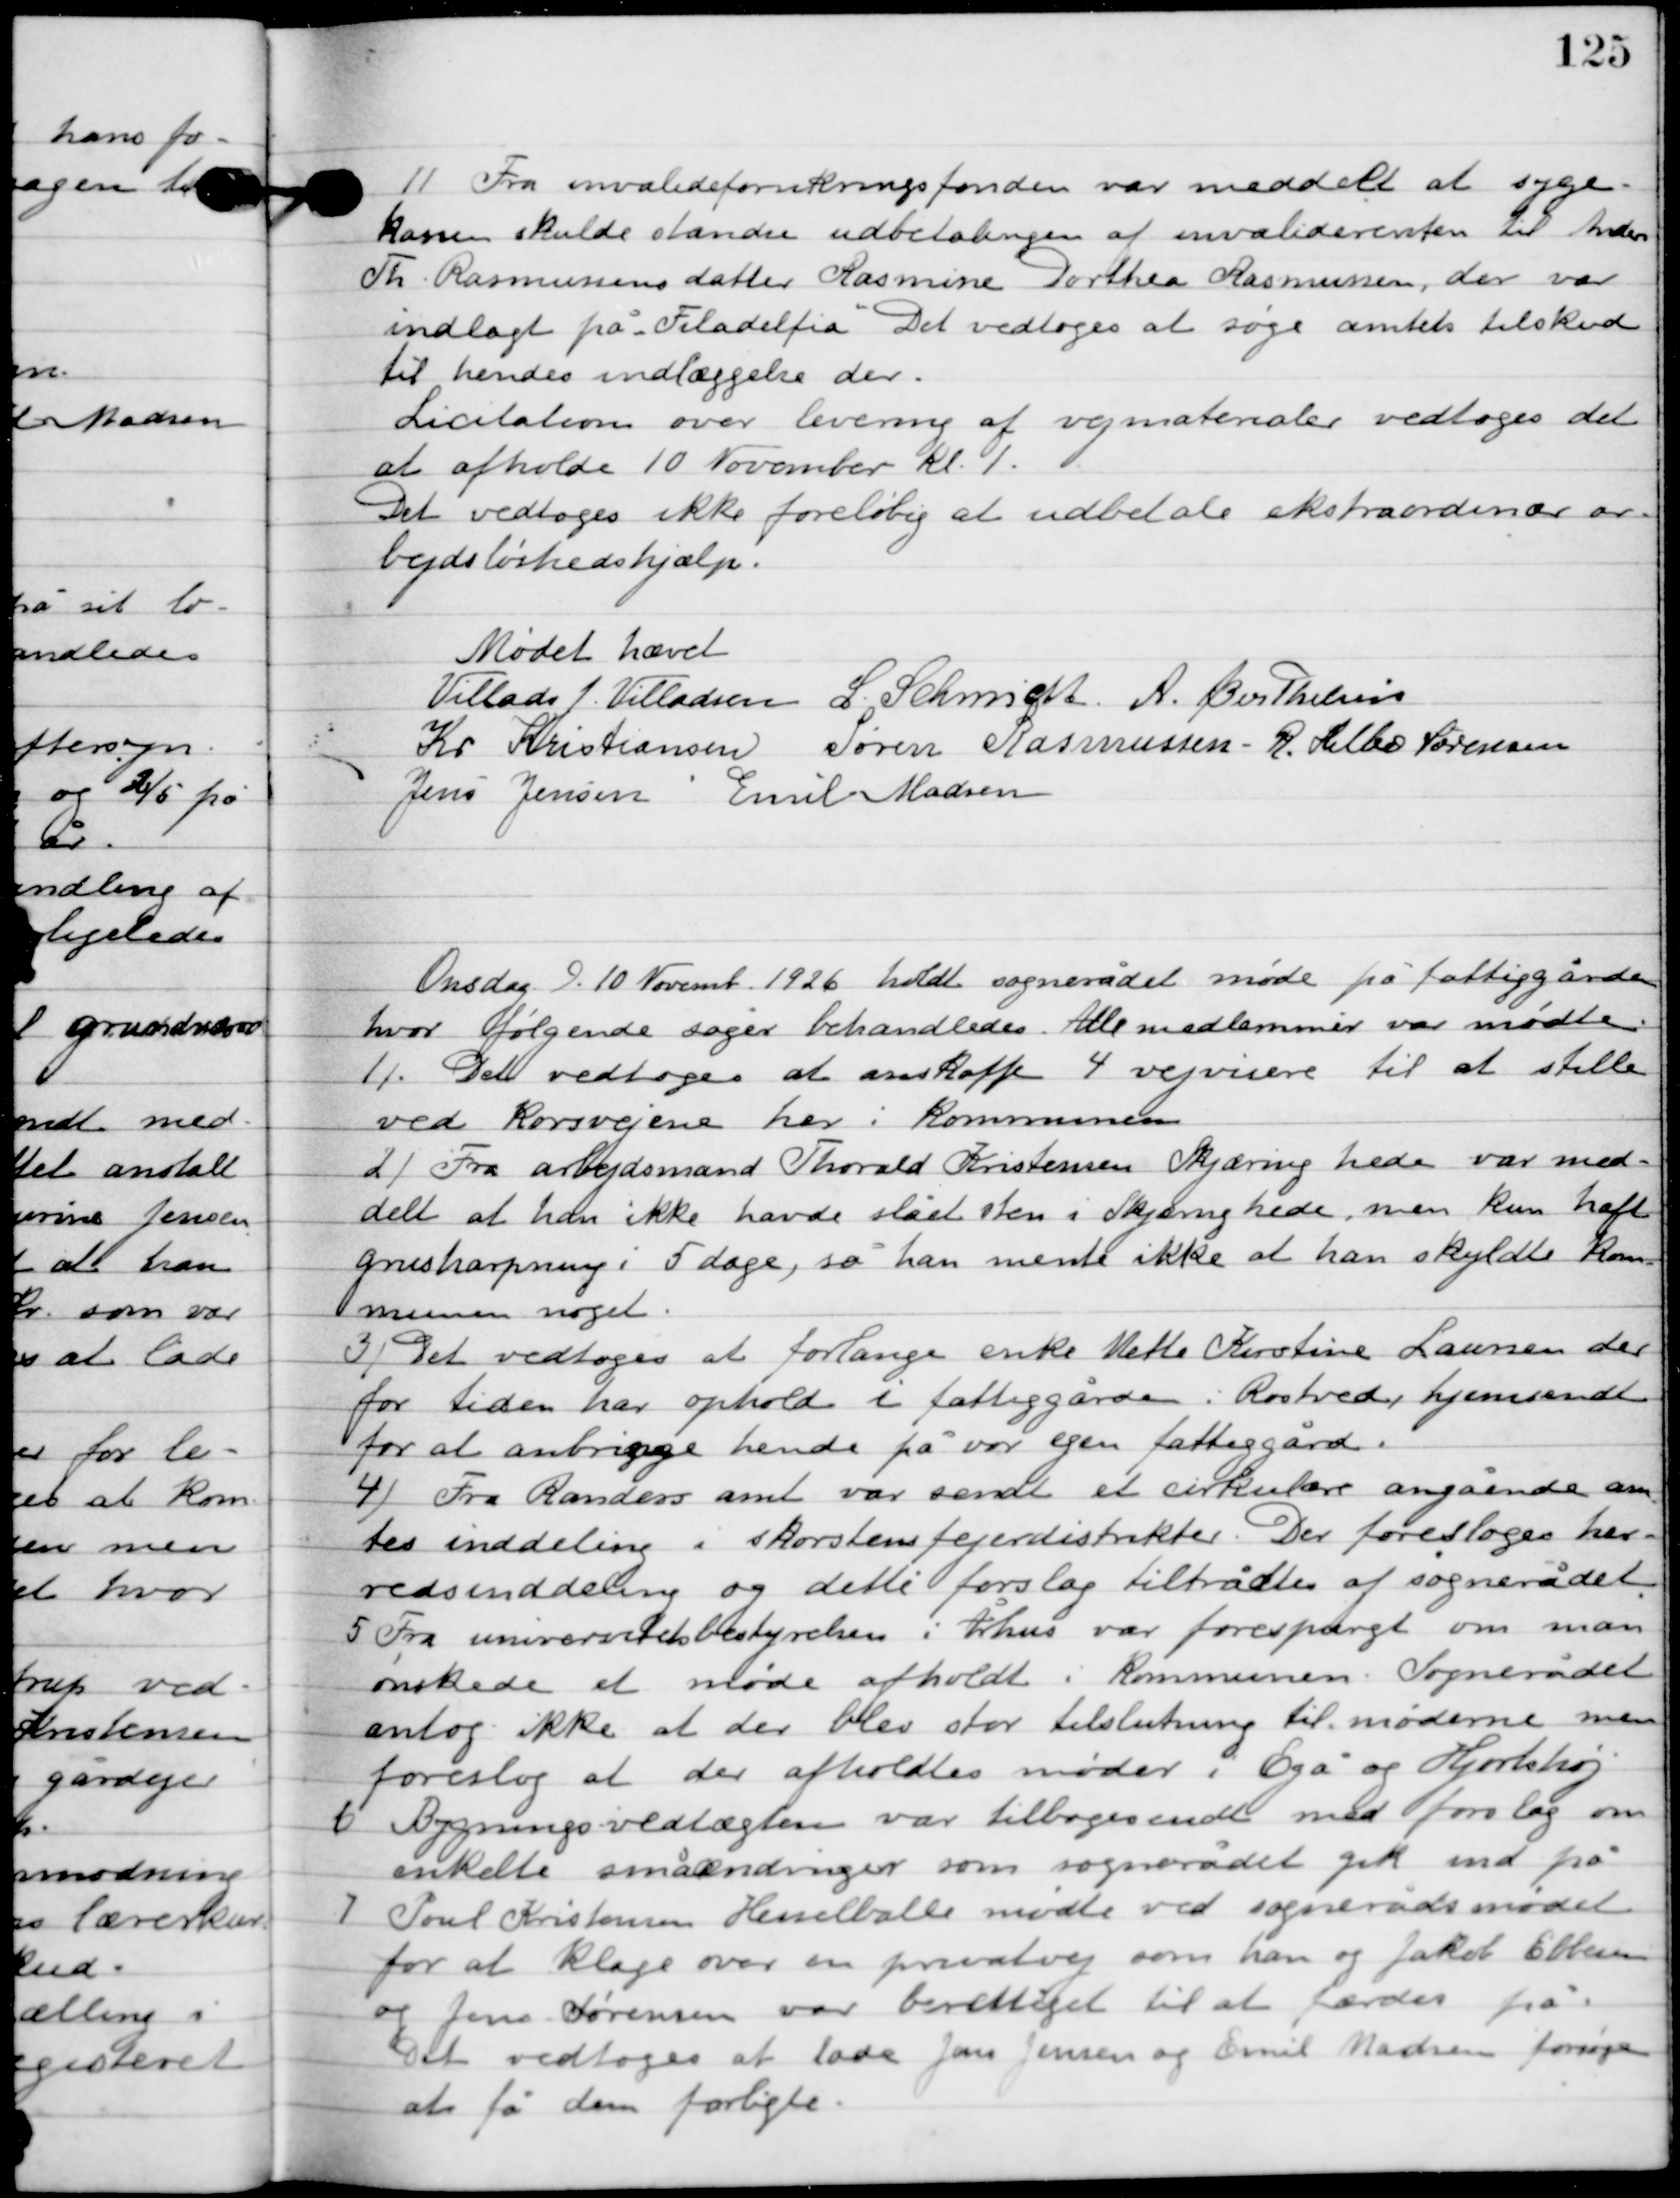
Transskription:
11

Fra invalideforsikringsfonden var meddelt at syge-
kassen skulde standse udbetalingen af invalideenken til Anders
Tr. Rasmussens datter Rasmine Dorthea Rasmussen, der var
indlagt på ”Filadelfia" Det vedtoges at søge amtets tilskud
til hendes indlæggelse der.
Licitation over levering af vejmaterialer vedtoges det
at afholde 10 november kl. 1.
Det vedtoges ikke foreløbig at udbetale ekstraordinær ar-
bejdsløshedshjælp.

Mødet hævet.

Villads J. Villadsen
I. Schmidt
A. Berthelsen
Kr. Kristiansen
Søren Rasmussen
R. Helbo Sørensen
Jens Jensen
Emil Madsen

Onsdag D. 10. November 1926 holdt sognerådet møde på fattiggården,
hvor følgende sager behandledes. Alle medlemmer var mødte.

1

Det vedtoges at anskaffe 4 vejvisere til at stille
ved korsvejene her i kommunen.

2

Fra arbejdsmand Thorvald Kristensen Skjæirng hede var med-
delt at an ikke havde slået sten i Skjæring hede men kun haft
grus harpning i 5 dage, så han mente ikke at han skyldte kom-
munen noget.

3

Det vedtoges at forlange enke Mette Kirstine Laursen der
 for tiden har opholdt i fattiggården i Rostved hjemsendt
for at anbringe hende på vor egen fattiggård.

4

Fra Randers amt var sendt et cirkulære angående am-
tets inddeling i skorstensfejerdistrikter. Det foresloges her-
redsinddeling og dette forslag tiltrådtes af sognerådet.

5

Fra universitetsbestyrelsen i Århus var forespurgt om man
 ønskede et møde afholdt i Kommunen. Sognerådet
antog ikke at der blev stor tilslutning til møderne men
foreslog at der afholdtes møder i Egå og Hjortshøj.

6

Bygningsvedtægten var tilbagesendt med forslag om
enkelte småændringer som sognerådet gik ind på.

7

Poul Kristensen Hesselballe mødte ved sogneråds mødet
for at klage over en privatvej som han og Jakob Ebbesen
og Jens Sørensen var berettiget til at færdes på.
Det vedtoges at lad Jens Jensen og Emil Madsen forsøge
at få dem forligte.